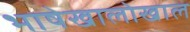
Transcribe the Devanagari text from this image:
भाषेखालोखाल